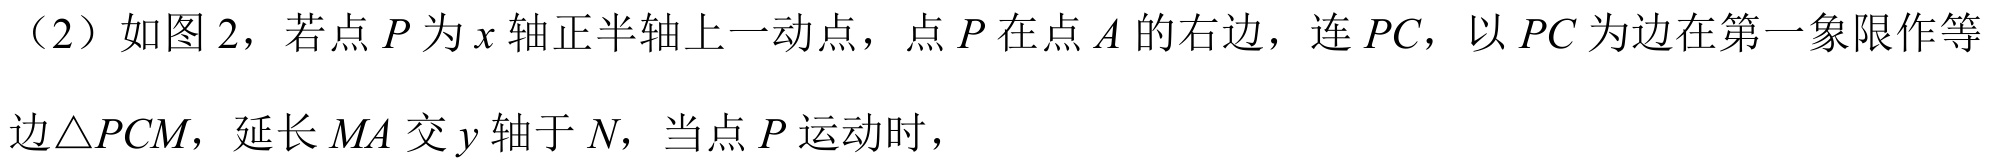
（2）如图2，若点\(P\)为\(x\)轴正半轴上一动点，点\(P\)在点\(A\)的右边，连 \(PC\)，以 \(PC\)为边在第一象限作等边\(\triangle PCM\)，延长 \(MA\)交 \(y\)轴于 \(N\)，当点 \(P\)运动时，